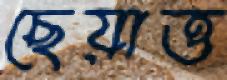
ছেয়াত্ত